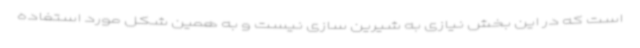
است که در این بخش نیازی به شیرین سازی نیست و به همین شکل مورد استفاده